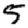
Digit: 5